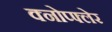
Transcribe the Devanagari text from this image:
क्नोप्फ्लेर